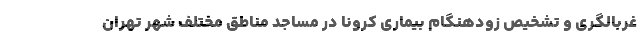
غربالگری و تشخیص زودهنگام بیماری کرونا در مساجد مناطق مختلف شهر تهران